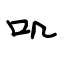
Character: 叽